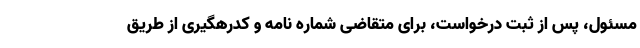
مسئول، پس از ثبت درخواست، برای متقاضی شماره نامه و کدرهگیری از طریق